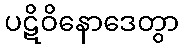
ပဋိဝိနောဒေတွာ